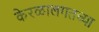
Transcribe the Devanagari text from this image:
केरळालगतच्या